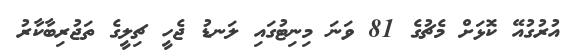
އުރުގުއޭ ކޮޅަށް މެޗުގެ 81 ވަނަ މިނިޓުގައި ލަނޑު ޖެހީ ޗިލީގެ ތަޖުރިބާކާރު